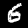
Digit: 6